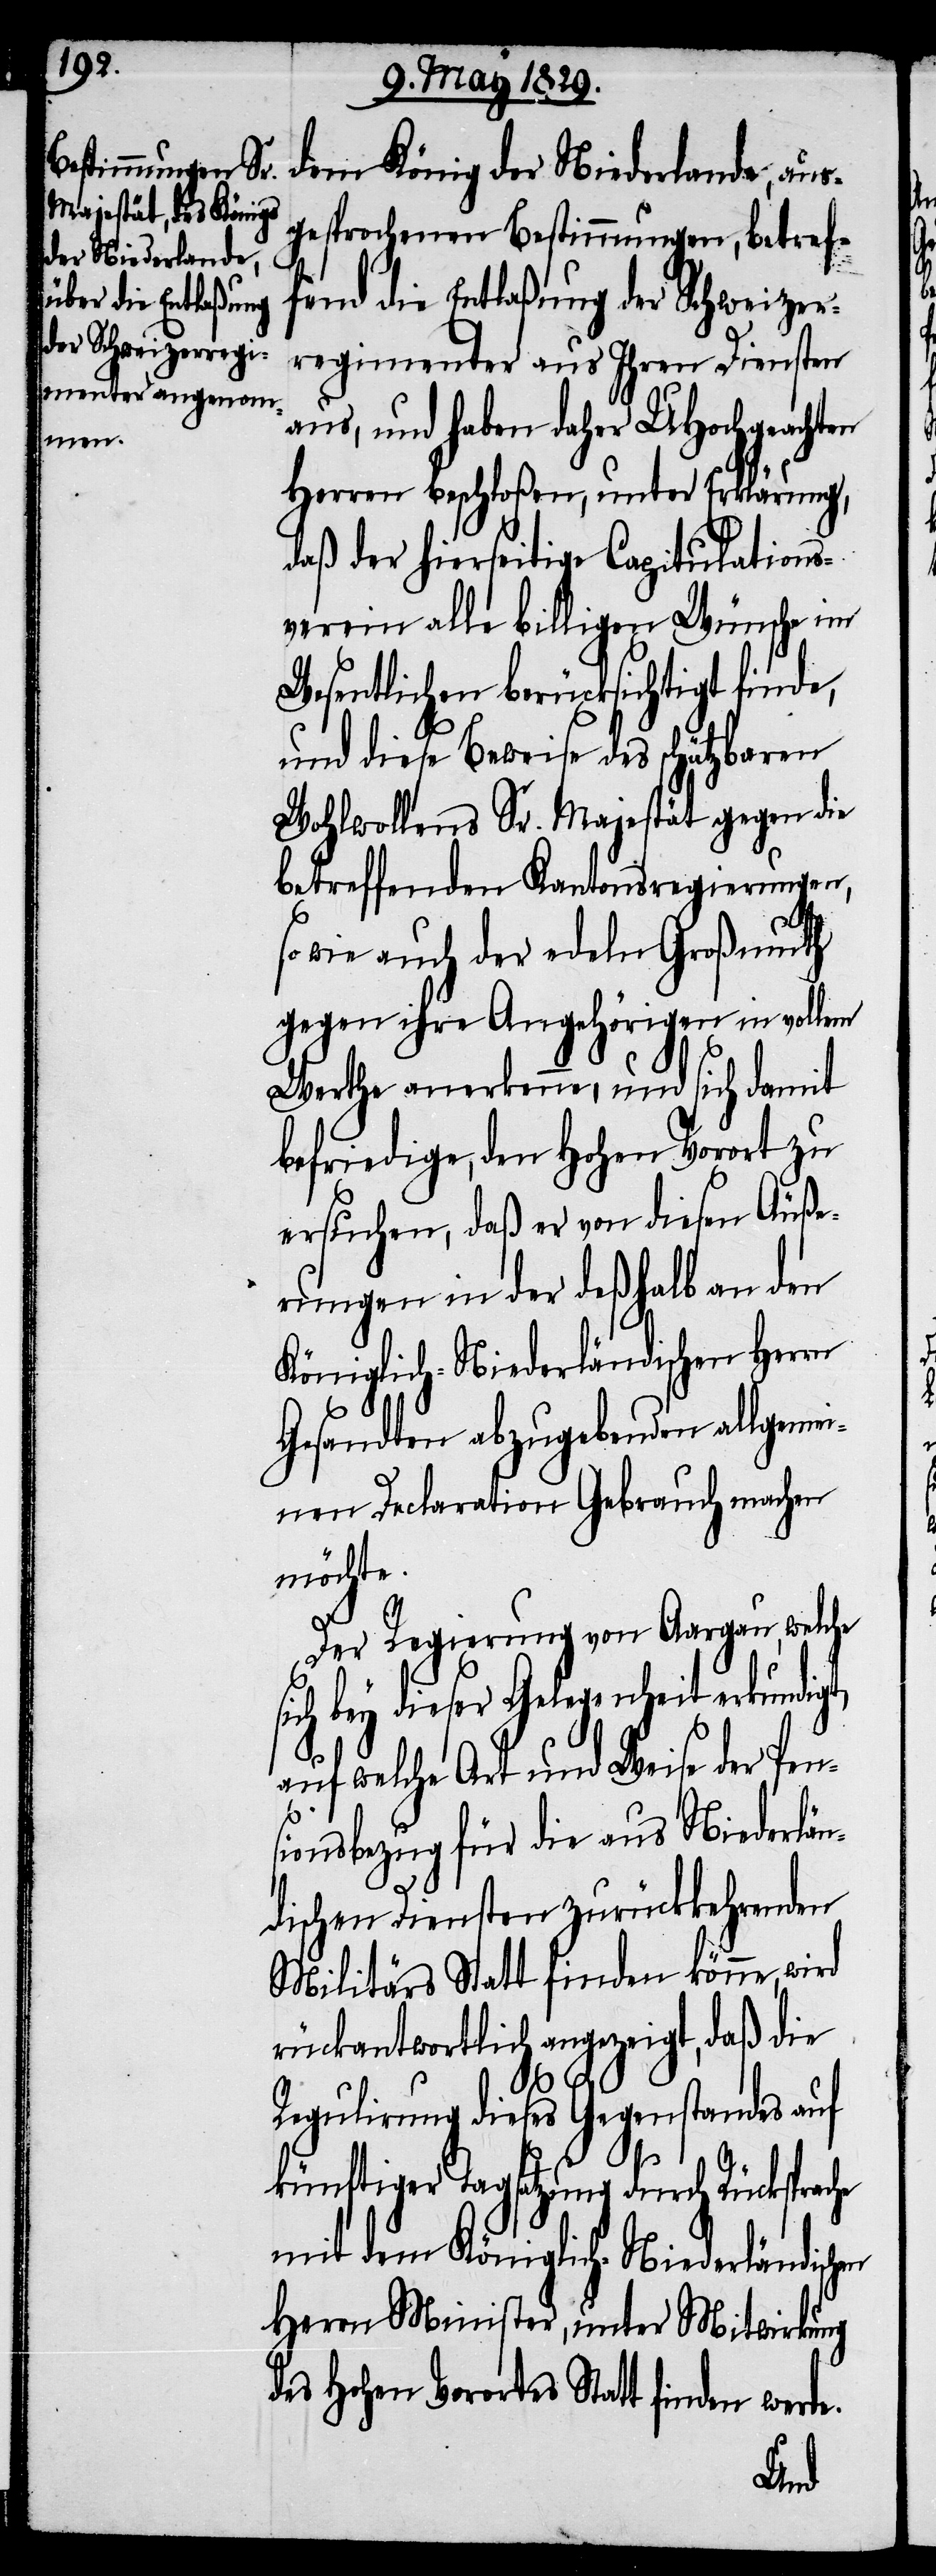
dem König der Niederlande, aus¬
gesprochenen Bestimmungen, betref¬
fend die Entlaßung der Schweizer¬
regimenter aus Ihren Diensten
aus, und haben daher UHochgeachten
Herren beschloßen, unter Erklärung,
daß der hierseitige Capitulations¬
verein alle billigen Wünsche im
Wesentlichen berücksichtigt finde,
und diese Beweise des schätzbaren
Wohlwollens Sr. Majestät gegen die
betreffenden Kantonsregierungen,
so wie auch der edeln Großmuth
gegen ihre Angehörigen im vollem
Werthe anerkenne, und sich damit
befriedige, den Hohen Vorort zu
ersuchen, daß er von diesen Äuße¬
rungen in der deßhalb an den
Königlich-Niederländischen Herrn
Gesandten abzugebenden allgemei¬
nen Declaration Gebrauch machen
möchte.
Der Regierung von Aargau, welche
sich bey dieser Gelegenheit erkundigt,
auf welche Art und Weise der Pen¬
sionsbezug für die aus Niederlän¬
dischen Diensten zurückkehrenden
Militärs Statt finden könne, wird
rückantwortlich angezeigt, daß die
Regulirung dieses Gegenstandes auf
künftiger Tagsatzung durch Rücksprache
mit dem Königlich-Niederländischen
Herrn Minister, unter Mitwirkung
des Hohen Vorortes Statt finden werde.